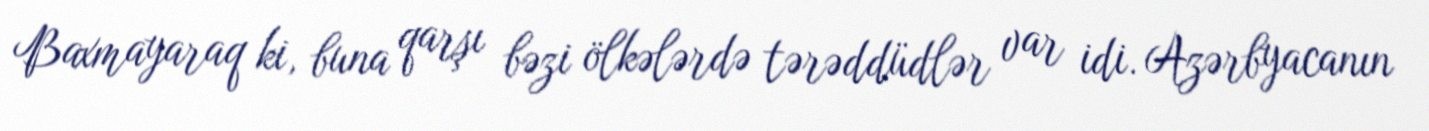
Baxmayaraq ki, buna qarşı bəzi ölkələrdə tərəddüdlər var idi. Azərbyacanın